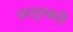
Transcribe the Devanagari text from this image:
सलुस्बरी